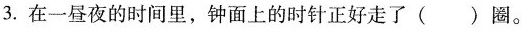
3.在一昼夜的时间里，钟面上的时针正好走了( )圈。